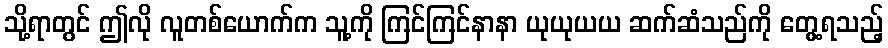
သို့ရာတွင် ဤလို လူတစ်ယောက်က သူ့ကို ကြင်ကြင်နာနာ ယုယုယယ ဆက်ဆံသည်ကို တွေ့ရသည့်